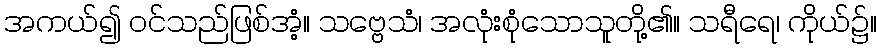
အကယ်၍ ဝင်သည်ဖြစ်အံ့။ သဗ္ဗေသံ၊ အလုံးစုံသောသူတို့၏။ သရီရေ၊ ကိုယ်၌။